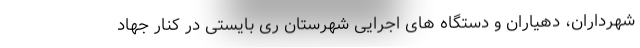
شهرداران، دهیاران و دستگاه های اجرایی شهرستان ری بایستی در کنار جهاد